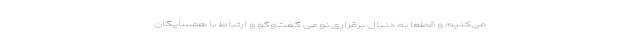
می‌کنیم و قطعا به دنبال برقراری نوعی گفت‌وگو و ارتباط با همسایگان